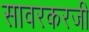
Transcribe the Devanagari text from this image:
सावरकरजी